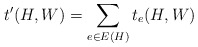
\begin{align*}t'(H, W) = \sum_{e \in E(H)} t_e(H, W)\end{align*}